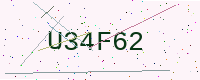
Text: U34F62